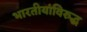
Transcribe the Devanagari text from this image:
भारतीयांविरुद्ध